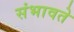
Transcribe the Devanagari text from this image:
संभावते